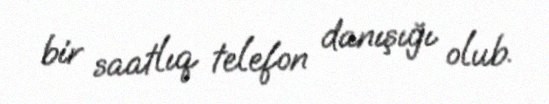
bir saatlıq telefon danışığı olub.